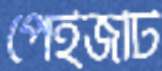
পেইজটি